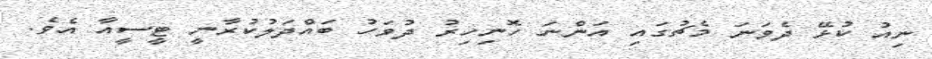
ނިއު ކުޅޭ ދެވަނަ މެޗުގައި އަންނަ ހޮނިހިރު ދުވަހު ބައްދަލުކުރާނީ ޓީސީއާ އެވެ.